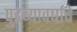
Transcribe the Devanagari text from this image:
पुडच्यावर्षाचे